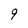
Character: q